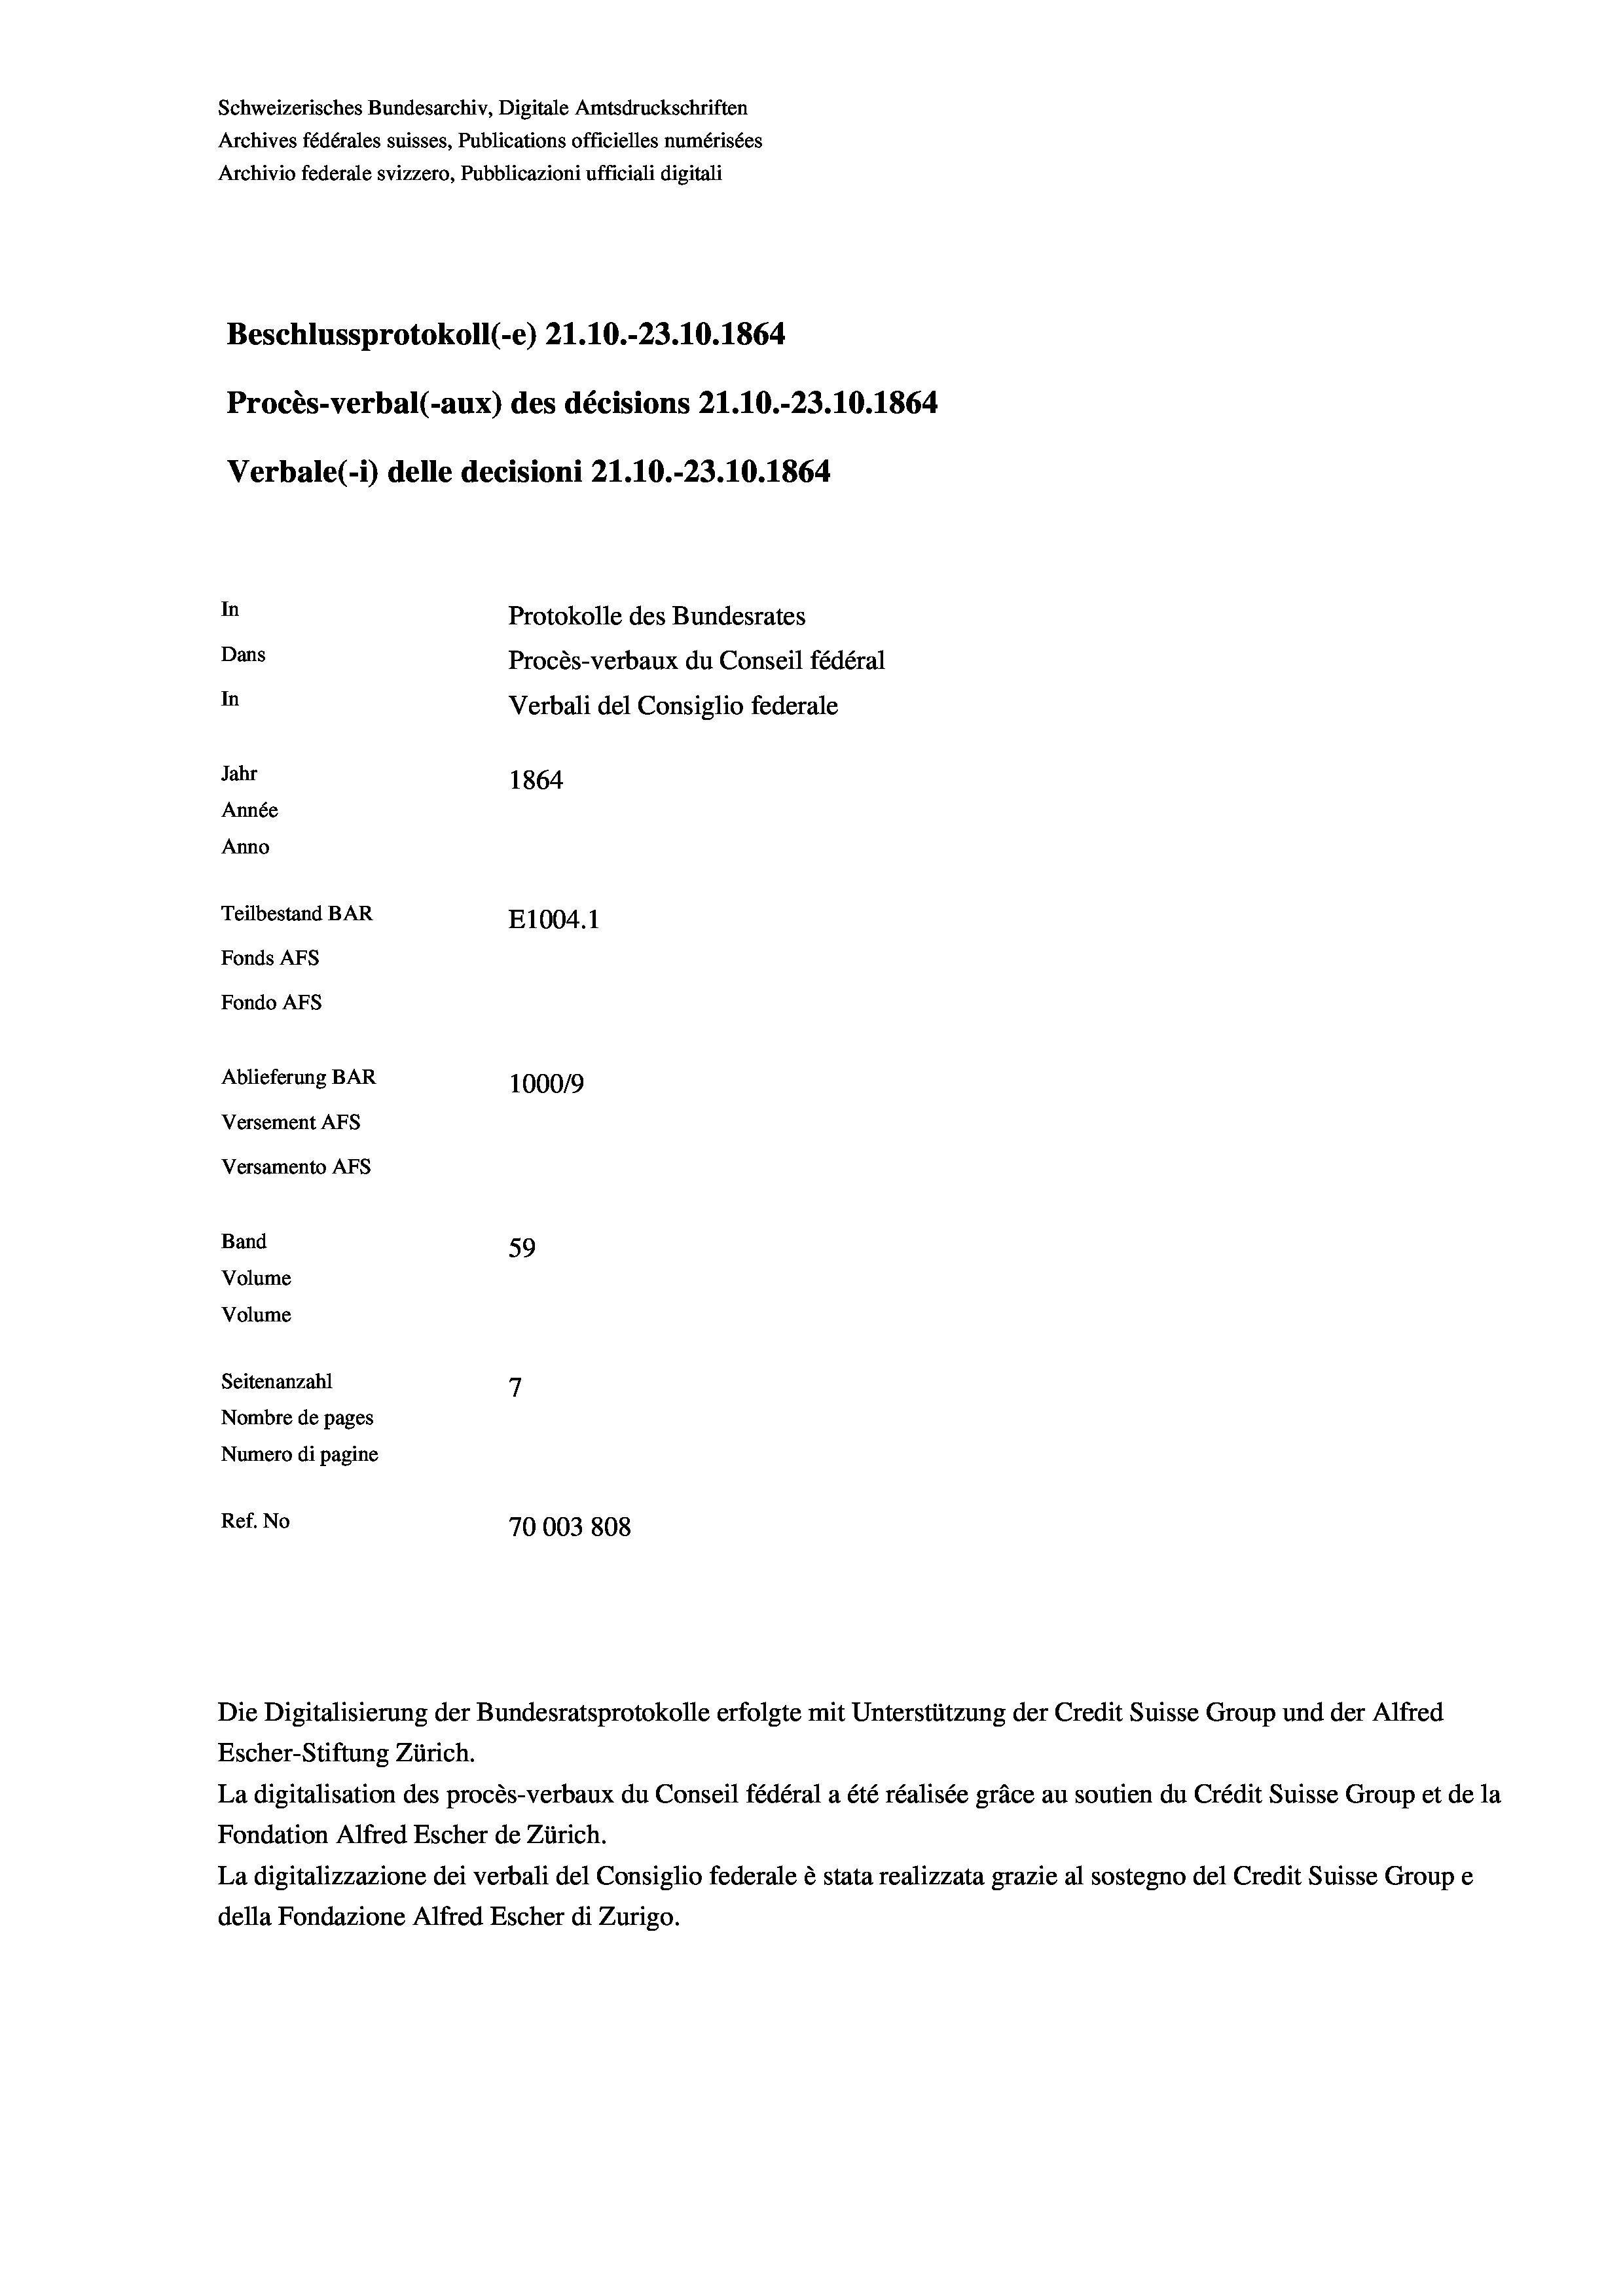
Schweizerisches Bundesarchiv, Digitale Amtsdruckschriften
Archives fédérales suisses, Publications officielles numérisées
Archivio federale svizzero, Pubblicazioni ufficiali digitali
Beschlussprotokoll (-e) 21.10.-23. 10. 1864
Procès-verbal (-aux) des décisions 21.10.-23.10.1864
Verbale (- 1) delle decisioni 21.10.-23.10.1864
In
Protokolle des Bundesrates
Dans
Procès-verbaux du Conseil fédéral
In
Verbali del Consiglio federale
Jahr
1864
Année
Anno
Teilbestand BAR
E1004.1
Fonds AFs
Fondo AFs
Ablieferung BAR
100019
Versement AFs
Versamento Afs
Band
59
Volume
Volume

7
Seitenanzahl
Nombre de pages
Numero di pagine
Ref. No
70003808

Escher-Stiftung Zürich.
La digitalisation des procès-verbaux du Conseil fédéral a été réalisée gräce au soutien du Crédit Suisse Group et de la
Fondation Alfred Escher de Zürich.
La digitalizzazione dei verbali del Consiglio federale è stata realizzata grazie al sostegno del Credit Suisse Groupe
della Fondazione Alfred Escher di Zurigo.

Die Digitalisierung der Bundesratsprotokolle erfolgte mit Unterstützung der Credit Suisse Group und der Alfred